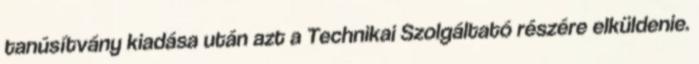
tanúsítvány kiadása után azt a Technikai Szolgáltató részére elküldenie.